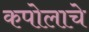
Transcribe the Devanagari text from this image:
कपोलाचे